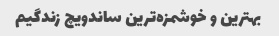
بهترین و خوشمزه‌ترین ساندویچ زندگیم